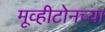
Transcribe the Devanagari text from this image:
मूव्हीटोनच्या